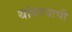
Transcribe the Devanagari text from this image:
थांबण्याची